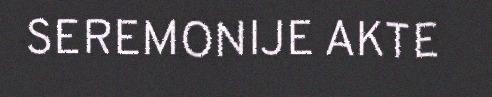
SEREMONIJE AKTE